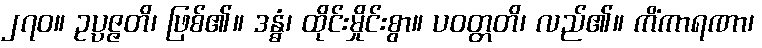
၂၇၀။ ဥပ္ပဇ္ဇတိ၊ ဖြစ်၏။ ဒန္ဓံ၊ ထိုင်းမှိုင်းစွာ။ ပဝတ္တတိ၊ လည်၏။ ကိံကာရဏာ၊